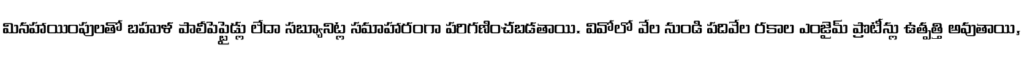
మినహాయింపులతో బహుళ పాలీపెప్టైడ్లు లేదా సబ్యూనిట్ల సమాహారంగా పరిగణించబడతాయి. వివోలో వేల నుండి పదివేల రకాల ఎంజైమ్ ప్రొటీన్లు ఉత్పత్తి అవుతాయి,